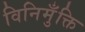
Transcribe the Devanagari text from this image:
विनिमुँक्ति